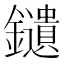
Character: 𨯯